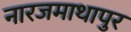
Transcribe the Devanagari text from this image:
नारजमाथापुर